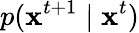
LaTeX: p(\mathbf{x}^{t+1}\mid\mathbf{x}^{t})